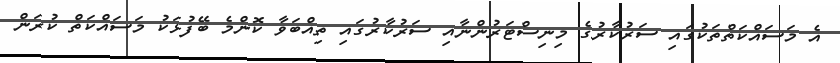
އެ މަސައްކަތްތަކުގައި ސަރުކާރުގެ މިނިސްޓަރުންނާއި ސަރުކާރުގައި ތިއްބަވާ ކޮންމެ ބޭފުޅަކު މަސައްކަތް ކުރަން